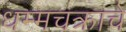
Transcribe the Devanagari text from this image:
धम्मचक्राचे